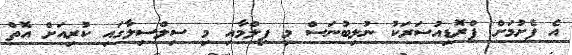
އެ ފެށުމަށް ޕްރޮޑިއުސަރަކު ނުލިބުނަސް މި ފިލްމާއި މި ސިލްސިލާގައި ކުރިއަށް އޮތް